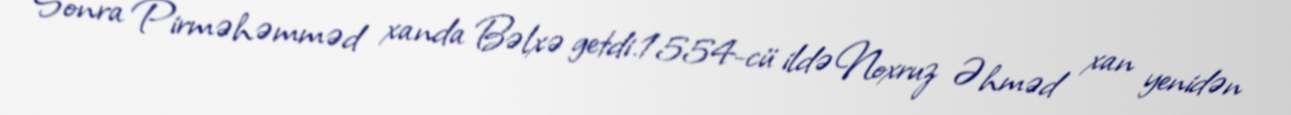
Sonra Pirməhəmməd xanda Bəlxə getdi.1554-cü ildə Noxruz Əhməd xan yenidən